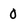
Character: 0